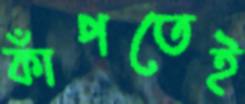
কাঁপতেই